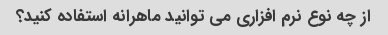
از چه نوع نرم افزاری می توانید ماهرانه استفاده کنید؟